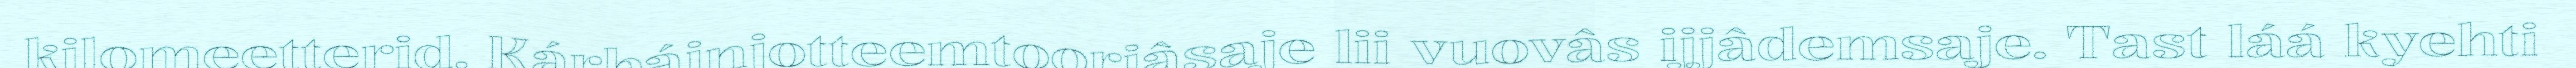
kilomeetterid. Kárbáinjotteemtoorjâsaje lii vuovâs ijjâdemsaje. Tast láá kyehti